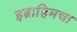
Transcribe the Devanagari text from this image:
इब्राहिमचा